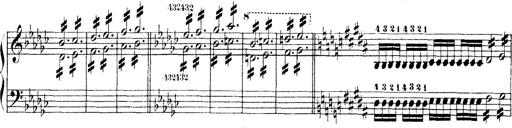
Title: Technische Studien
Composer: Franz Liszt